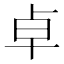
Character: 卓